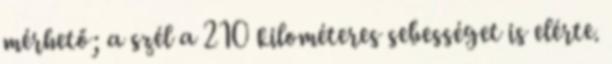
mérhető; a szél a 210 kilométeres sebességet is elérte.